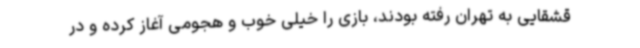
قشقایی به تهران رفته بودند، بازی را خیلی خوب و هجومی آغاز کرده و در